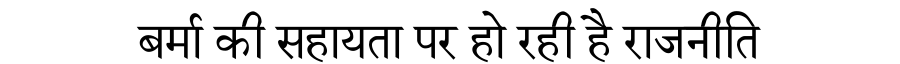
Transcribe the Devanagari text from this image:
बर्मा की सहायता पर हो रही है राजनीति